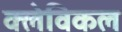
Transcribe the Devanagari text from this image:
क्लेविकल